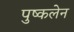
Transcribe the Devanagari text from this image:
पुष्कलेन